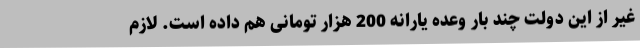
غیر از این دولت چند بار وعده یارانه 200 هزار تومانی هم داده است. لازم